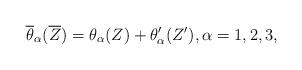
LaTeX: \begin{align*}\overline \theta _\alpha (\overline Z)=\theta _\alpha (Z)+\theta _\alpha ^\prime (Z^\prime ) , \alpha =1,2,3 ,\end{align*}